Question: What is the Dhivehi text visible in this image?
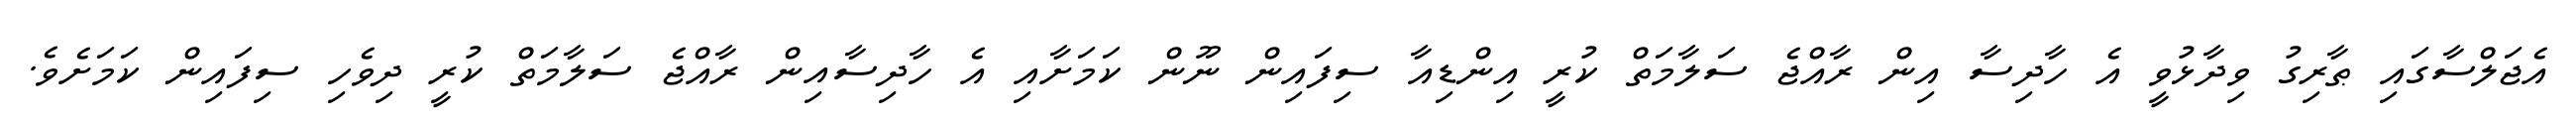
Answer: އެޖަލްސާގައި ޠާރިގު ވިދާޅުވީ އެ ހާދިސާ އިން ރާއްޖެ ސަލާމަތް ކުރީ އިންޑިއާ ސިފައިން ނޫން ކަމަށާއި އެ ހާދިސާއިން ރާއްޖެ ސަލާމަތް ކުރީ ދިވެހި ސިފައިން ކަމަށެވެ.